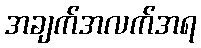
အချက်အလက်အရ